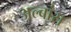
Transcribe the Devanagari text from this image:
अल्बांस